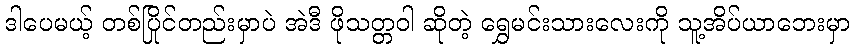
ဒါပေမယ့် တစ်ပြိုင်တည်းမှာပဲ အဲဒီ ဖိုသတ္တဝါ ဆိုတဲ့ ရွှေမင်းသားလေးကို သူ့အိပ်ယာဘေးမှာ